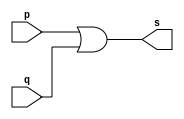
// -------------------------
// Exemplo0004 - OR
// Nome: Rafael Guimares de Sousa
// -------------------------
// -------------------------
// -- or gate
// -------------------------
module orgate ( output s,
input p, q);
assign s = p | q;
endmodule // orgate
// ---------------------
// -- test or gate
// ---------------------
module testorgate;
// ------------------------- dados locais
reg a, b; // definir registradores
wire s; // definir conexao (fio)
// ------------------------- instancia
orgate OR1 (s, a, b);
// ------------------------- preparacao
initial begin:start
// atribuicao simultanea
// dos valores iniciais
a=0; b=0;
end// ------------------------- parte principal
initial begin
$display("Exemplo0004 - Rafael Guimares de Sousa - 451607");
$display("Test OR gate");
$display("\na & b = s\n");
a=0; b=0;
#1 $display("%b & %b = %b", a, b, s);
a=0; b=1;
#1 $display("%b & %b = %b", a, b, s);
a=1; b=0;
#1 $display("%b & %b = %b", a, b, s);
a=1; b=1;
#1 $display("%b & %b = %b", a, b, s);
end
endmodule // testorgate